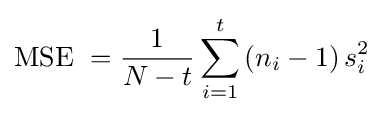
{\text{MSE }}={\frac {1}{N-t}}\sum _{i=1}^{t}\left(n_{i}-1\right)s_{i}^{2}